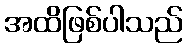
အထိဖြစ်ပါသည်